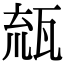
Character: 𤭕